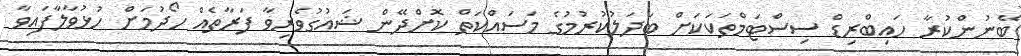
ބޭނުންކުރާ ހައިބްރިޑް ސިސްޓަމްތަކަކަށް ބަދަލުކުރުމުގެ މަސައްކަތް ކޮށްދޭން ޝައުގުވެރިވާ ފަރާތެއް ހޯދުމަށް ހުޅުވާލާފައިވާ